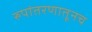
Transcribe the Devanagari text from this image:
रुपांतरणातूनच